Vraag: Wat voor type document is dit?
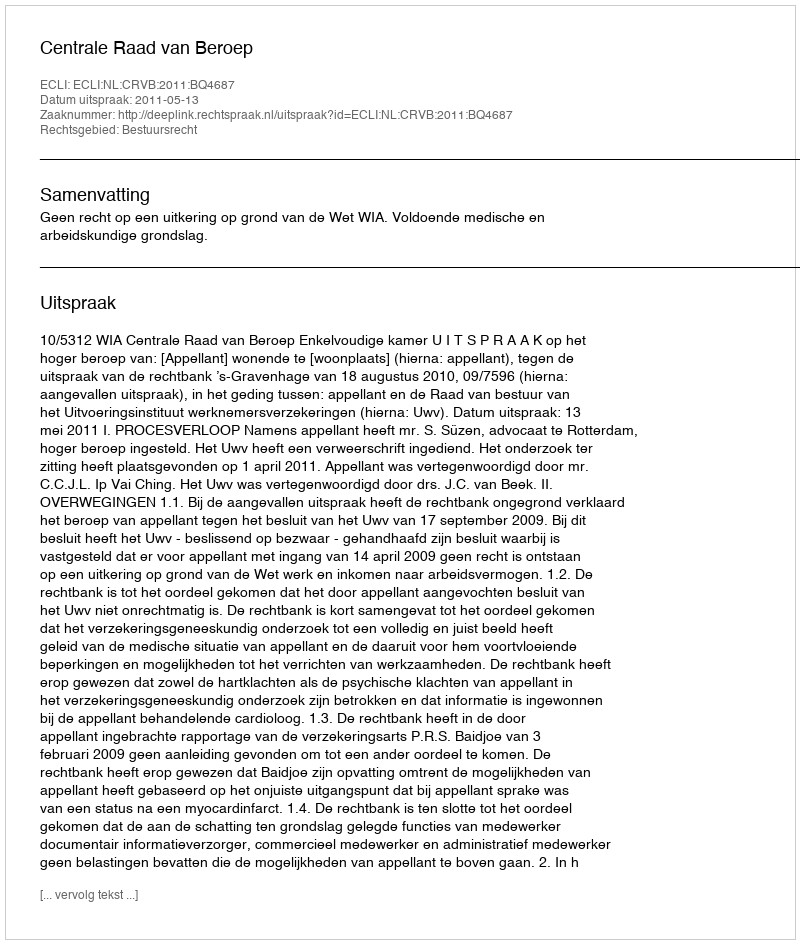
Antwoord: Uitspraak